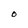
Character: O